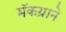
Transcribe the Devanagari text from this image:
मॅकग्राने